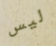
ليس